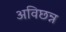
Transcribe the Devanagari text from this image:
अविछन्न